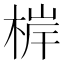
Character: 𭪤